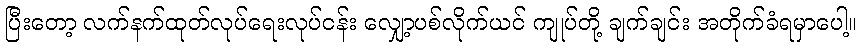
ပြီးတော့ လက်နက်ထုတ်လုပ်ရေးလုပ်ငန်း လျှော့ပစ်လိုက်ယင် ကျုပ်တို့ ချက်ချင်း အတိုက်ခံရမှာပေါ့။